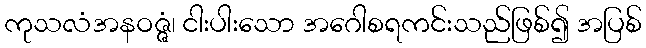
ကုသလံအနဝဇ္ဇံ၊ ငါးပါးသော အဂေါစရကင်းသည်ဖြစ်၍ အပြစ်